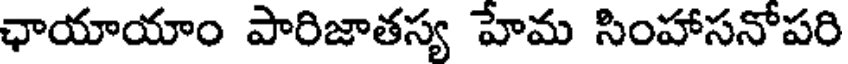
ఛాయాయాం పారిజాతస్య హేమ సింహాసనోపరి